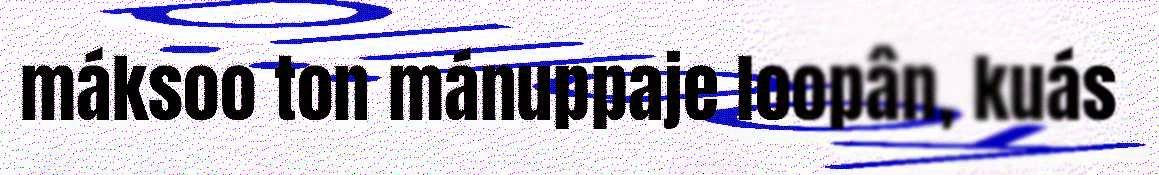
máksoo ton mánuppaje loopân, kuás